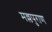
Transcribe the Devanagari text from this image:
मल्लपुराण